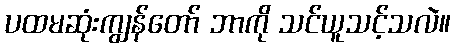
ပထမဆုံးကျွန်တော် ဘာကို သင်ယူသင့်သလဲ။